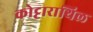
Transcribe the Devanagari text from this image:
कोट्टाराथिल